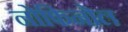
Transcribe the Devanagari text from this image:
नोफिनोल